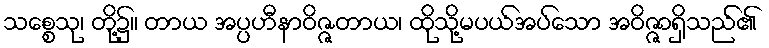
သစ္စေသု၊ တို့၌။ တာယ အပ္ပဟီနာဝိဇ္ဇတာယ၊ ထိုသို့မပယ်အပ်သော အဝိဇ္ဇာရှိသည်၏